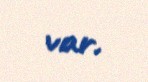
var.